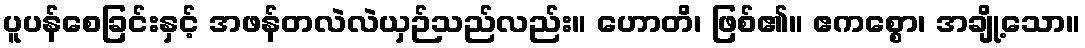
ပူပန်စေခြင်းနှင့် အဖန်တလဲလဲယှဉ်သည်လည်း။ ဟောတိ၊ ဖြစ်၏။ ဧကစ္စော၊ အချို့သော။